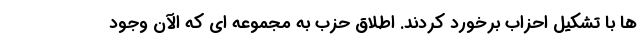
ها با تشکیل احزاب برخورد کردند. اطلاق حزب به مجموعه ای که الآن وجود